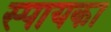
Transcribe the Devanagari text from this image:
स्पायका